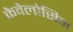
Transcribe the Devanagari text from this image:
केवेलोसिम